Report by Surgeon-Captain Childe, I.M.S. - Part II
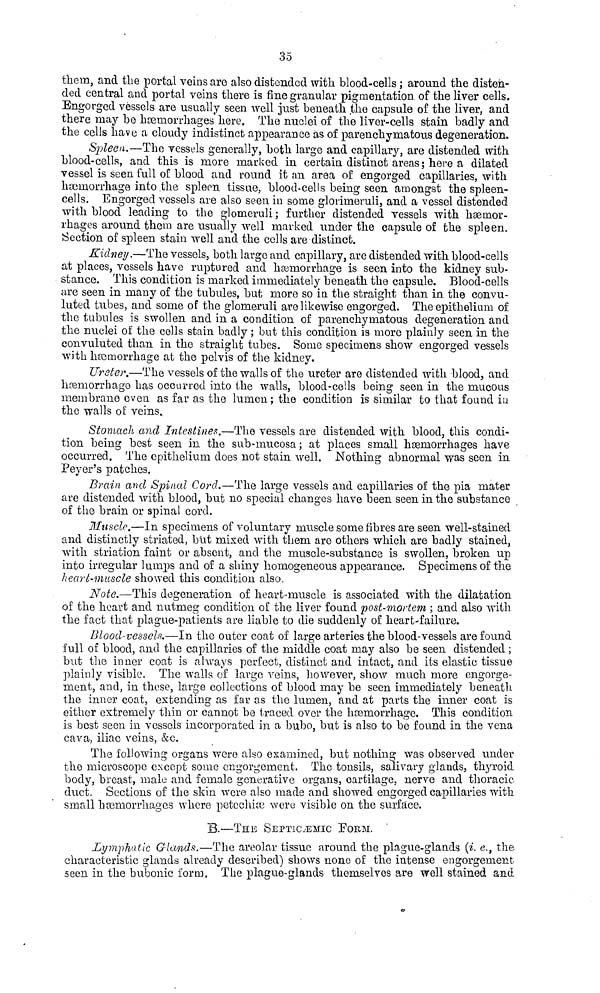
35
them, and the portal veins are also distended with blood-cells ; around the disten-
ded central and portal veins there is fine granular pigmentation of the liver cells.
Engorged vessels are usually seen well just beneath the capsule of the liver, and
there may be haemorrhages here. The nuclei of the liver-cells stain badly and
the cells have a cloudy indistinct appearance as of parenchy matous degeneration.
Spleen.—The vessels generally, both large and capillary, are distended with
blood-cells, and this is more marked in certain distinct areas ; here a dilated
vessel is seen full of blood and round it an area of engorged capillaries, with
haemorrhage into the spleen tissue, blood-cells being seen amongst the spleen-
cells. Engorged vessels are also seen in some glorimeruli, and a vessel distended
with blood leading to the glomeruli ; further distended vessels with haemor-
rhages around them are usually well marked under the capsule of the spleen.
Section of spleen stain well and the cells are distinct.
Kidney.—The vessels, both large and capillary, are distended with blood-cells
at places, vessels have ruptured and hemorrhage is seen into the kidney sub-
stance. This condition is marked immediately beneath the capsule. Blood-cells
are seen in many of the tubules, but more so in. the straight than in the convu-
luted tubes, and some of the glomeruli are likewise engorged. The epithelium of
the tubules is swollen and in a condition of parenchymatous degeneration and
the nuclei of the cells stain badly ; but this condition is more plainly seen in the
convuluted than in the straight tubes. Some specimens show engorged vessels
with hemorrhage at the pelvis of the kidney.
Ureter.—The vessels of the walls of the ureter are distended with blood, and
haemorrhage has occurred into the walls, blood-cells being seen in the mucous
membrane even as far as the lumen ; the condition is similar to that found in
the walls of veins.
Stomach and Intestines.—The vessels are distended with blood, this condi-
tion being best seen in the sub-mucosa ; at places small haemorrhages have
occurred. The epithelium does not stain well. Nothing abnormal was seen in
Peyer's patches.
Brain and Spinal Cord.—The large vessels and capillaries of the pia mater
are distended with blood, but no special changes have been seen in the substance
of the brain or spinal cord.
Muscle.—In specimens of voluntary muscle some fibres are seen well-stained
and distinctly striated, but mixed with them are others which are badly stained,
with striation faint or absent, and the muscle-substance is swollen, broken up
into irregular lumps and of a shiny homogeneous appearance. Specimens of the
heart-muscle showed this condition also.
Note.—This degeneration of heart-muscle is associated with the dilatation
of the heart and nutmeg condition of the liver found post-mortem ; and also with
the fact that plague-patients are liable to die suddenly of heart-failure.
Blood-vessels.—In the outer coat of large arteries the blood-vessels are found
full of blood, and the capillaries of the middle coat may also be seen distended ;
but the inner coat is always perfect, distinct and intact, and its elastic tissue
plainly visible. The walls of large veins, however, show much more engorge-
ment, and, in these, large collections of blood may be seen immediately beneath
the inner coat, extending as far as the lumen, and at parts the inner coat is
either extremely thin or cannot be traced over the haemorrhage. This condition
is best seen in vessels incorporated in a bubo, but is also to be found in the vena
cava, iliac veins, &c.
The following organs were also examined, but nothing was observed under
the microscope except some engorgement. The tonsils, salivary glands, thyroid
body, breast, male and female generative organs, cartilage, nerve and thoracic-
duct. Sections of the skin were also made and showed engorged capillaries with
small hcemorrhages where petcchice were visible on the surface.
B.—THE SEPTICJEMIC FORM.
Lymphatic Glands.—The areolar tissue around the plague-glands (i. e., the
characteristic glands already described) shows none of the intense engorgement
seen in the bubonic form. The plague-glands themselves are well stained and